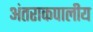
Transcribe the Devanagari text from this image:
अंतराकपालीय